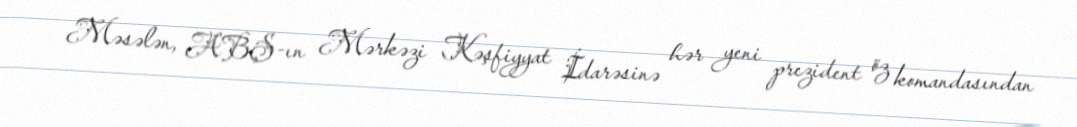
Məsələn, ABŞ-ın Mərkəzi Kəşfiyyat İdarəsinə hər yeni prezident öz komandasından